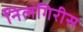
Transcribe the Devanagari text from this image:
निलगिरीस